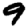
Digit: 9